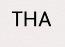
THA